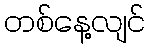
တစ်နေ့လျင်